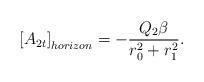
LaTeX: \begin{align*}\left[ A_{2t} \right]_{horizon} = - \frac{Q_2 \beta}{r_0^2 + r_1^2} .\end{align*}